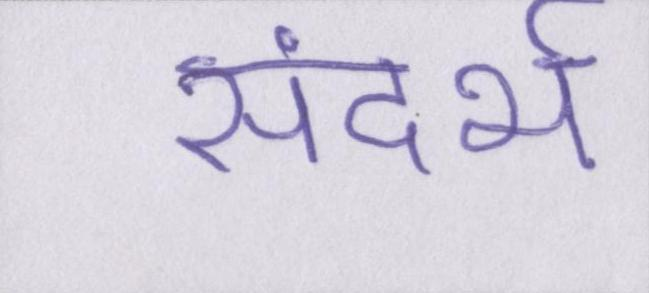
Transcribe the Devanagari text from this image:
संदर्भ